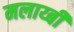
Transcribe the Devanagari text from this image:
मलाय्बी